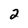
Character: 2